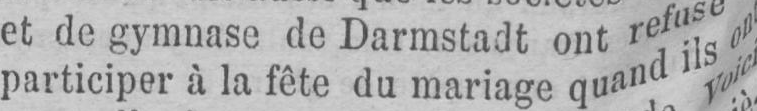
participer à la fête du mariage quand ils on